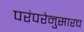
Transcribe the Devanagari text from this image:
परंपरेनुसारच